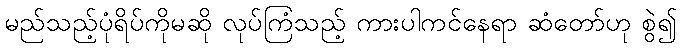
မည်သည့်ပုံရိပ်ကိုမဆို လုပ်ကြံသည့် ကားပါကင်နေရာ ဆံတော်ဟု စွဲ၍